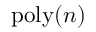
\mathrm { p o l y } ( n )